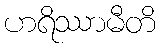
ဟရိဿာမီတိ